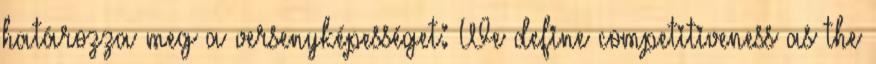
határozza meg a versenyképességet: We define competitiveness as the